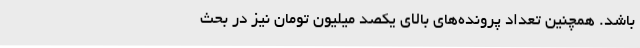
باشد. همچنین تعداد پرونده‌های بالای یکصد میلیون تومان نیز در بحث